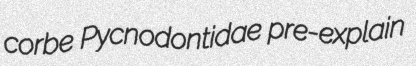
corbe Pycnodontidae pre-explain